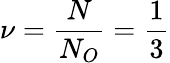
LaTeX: \nu=\frac{N}{N_{O}}=\frac{1}{3}